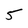
Character: 5